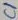
Text: C1